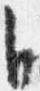
自